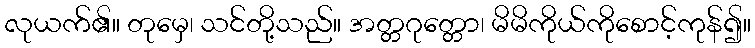
လုယက်၏။ တုမှေ၊ သင်တို့သည်။ အတ္တဂုတ္တော၊ မိမိကိုယ်ကိုစောင့်ကုန်၍။